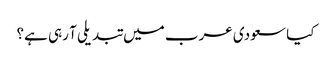
کیا سعودی عرب میں تبدیلی آ رہی ہے؟